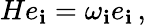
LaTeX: He_{\mathbf{i}}=\omega_{\mathbf{i}}e_{\mathbf{i}}\, ,